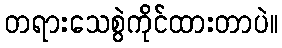
တရားသေစွဲကိုင်ထားတာပဲ။